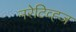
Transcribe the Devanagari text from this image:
नरेटिव्ह्ज